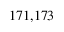
^ { 1 7 1 , 1 7 3 }